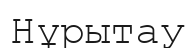
Нұрытау